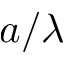
a / \lambda